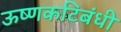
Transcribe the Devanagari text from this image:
ऊष्णकटिबंधी